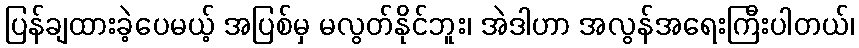
ပြန်ချထားခဲ့ပေမယ့် အပြစ်မှ မလွတ်နိုင်ဘူး၊ အဲဒါဟာ အလွန်အရေးကြီးပါတယ်၊